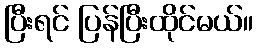
ပြီးရင် ပြန်ပြီးထိုင်မယ်။